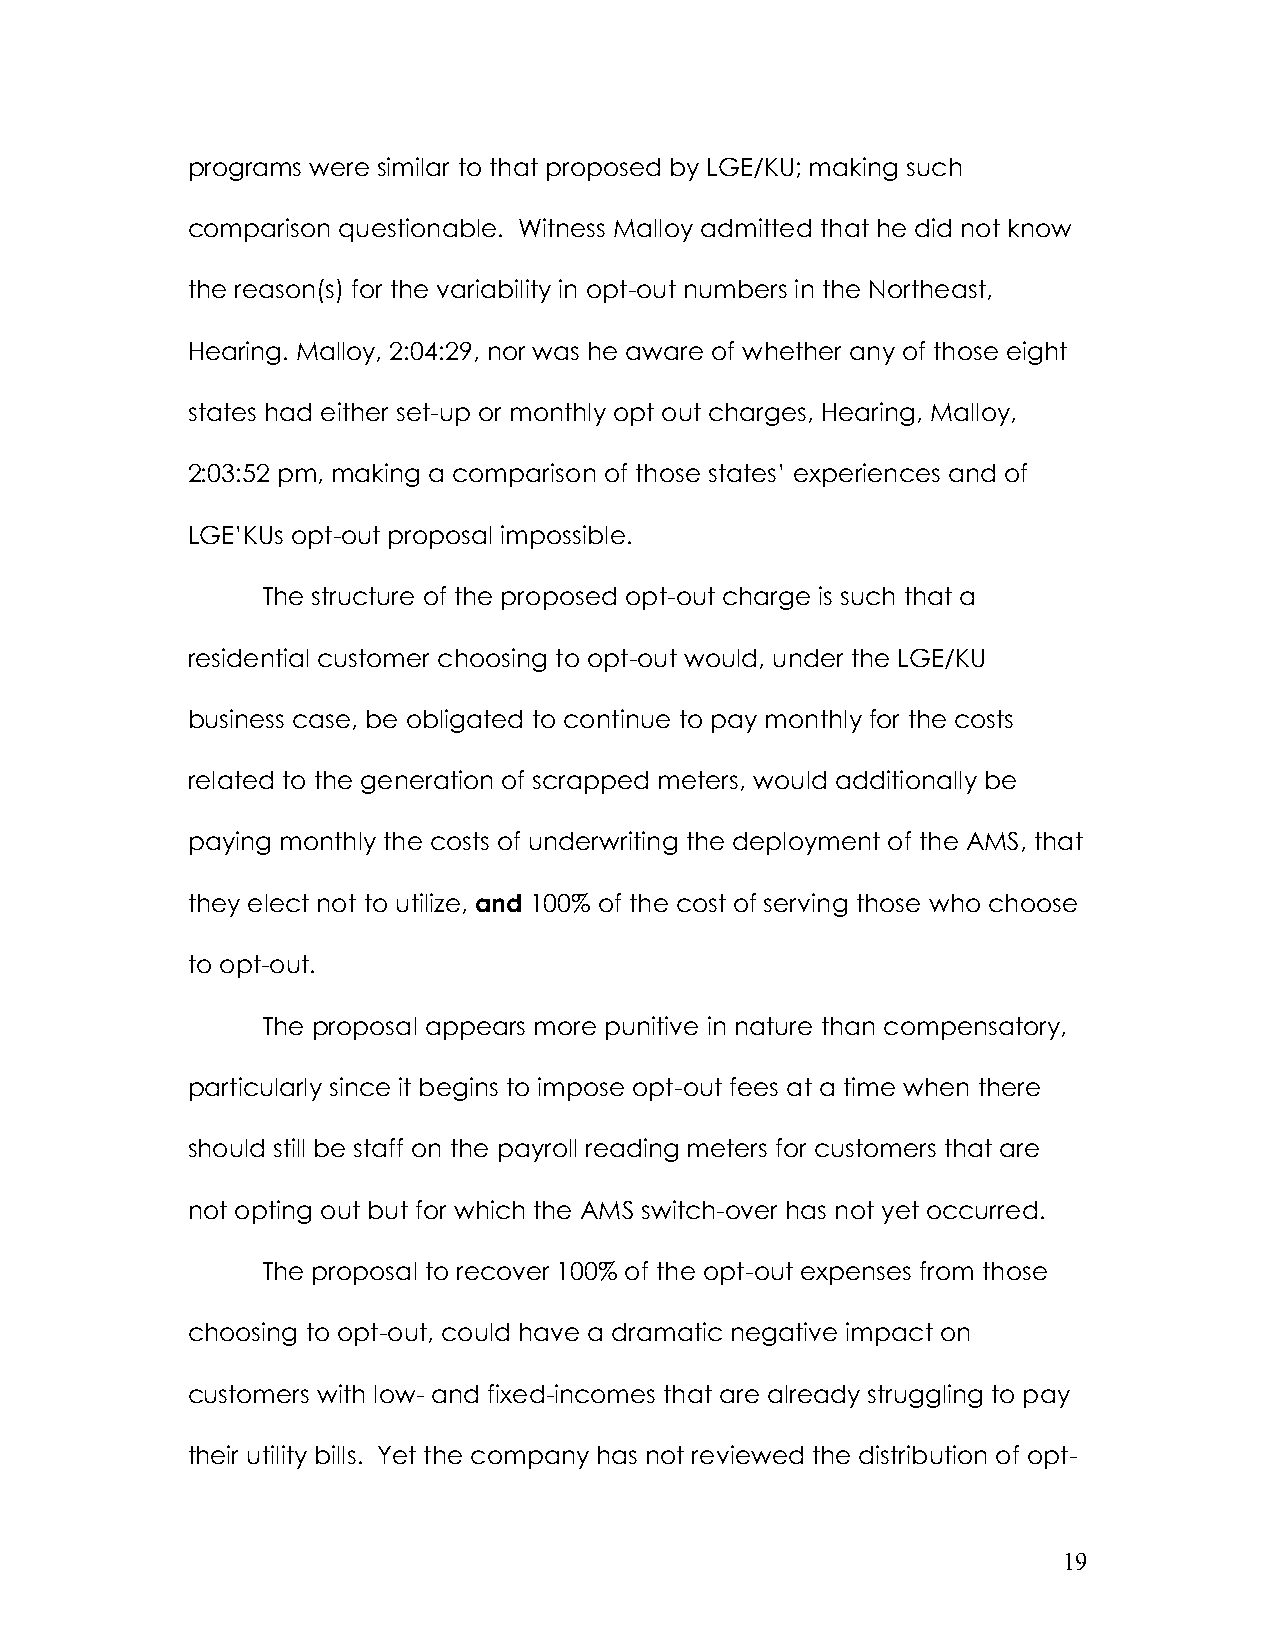
programs were similar to that proposed by LGE/KU; making such
 comparison questionable. Witness Malloy admitted that he did not know
 the reason(s) for the variability in opt-out numbers in the Northeast,
 Hearing. Malloy, 2:04:29, nor was he aware of whether any of those eight
 states had either set-up or monthly opt out charges, Hearing, Malloy,
 2:03:52 pm, making a comparison of those states’ experiences and of
 LGE’KUs opt-out proposal impossible.
 The structure of the proposed opt-out charge is such that a
 residential customer choosing to opt-out would, under the LGE/KU
 business case, be obligated to continue to pay monthly for the costs
 related to the generation of scrapped meters, would additionally be
 paying monthly the costs of underwriting the deployment of the AMS, that
 they elect not to utilize, and 100% of the cost of serving those who choose
 to opt-out.
 The proposal appears more punitive in nature than compensatory,
 particularly since it begins to impose opt-out fees at a time when there
 should still be staff on the payroll reading meters for customers that are
 not opting out but for which the AMS switch-over has not yet occurred.
 The proposal to recover 100% of the opt-out expenses from those
 choosing to opt-out, could have a dramatic negative impact on
 customers with low- and fixed-incomes that are already struggling to pay
 their utility bills. Yet the company has not reviewed the distribution of opt-
 19